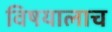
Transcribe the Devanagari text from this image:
विषयालाच